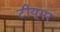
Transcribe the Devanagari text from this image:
टीयूमर